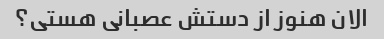
الان هنوز از دستش عصبانی هستی؟